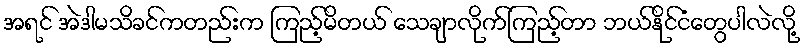
အရင် အဲဒါမသိခင်ကတည်းက ကြည့်မိတယ် သေချာလိုက်ကြည့်တာ ဘယ်နိုင်ငံတွေပါလဲလို့